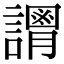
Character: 𧬴